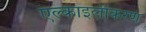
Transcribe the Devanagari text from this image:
एल्काइलीकरण